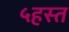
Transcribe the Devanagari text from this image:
५हस्त